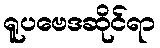
ရူပဗေဒဆိုင်ရာ